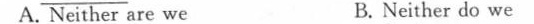
A. Neither are we B. Neither do we